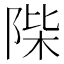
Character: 𨹼